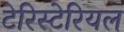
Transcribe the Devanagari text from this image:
टेरिस्टेरियल